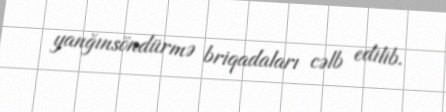
yanğınsöndürmə briqadaları cəlb edilib.